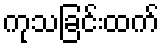
ကုသခြင်းထက်